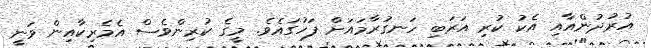
އުރުދުންއާއި އެކު ކުރި އަރަބި ހަނގުރާމައަށް ފަހުގައެވެ. މީގެ ކުރިންވެސް އެމެރިކާއިން ވަނީ